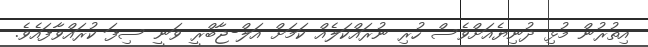
އިތުރުން މުޅި ދުނިޔެއަށްވެސް ހުރި ނުރައްކަލެއް ކަމަށް އަލް-ޖާބްރީ ވަނީ ސިފަ ކުރައްވާފައެވެ.